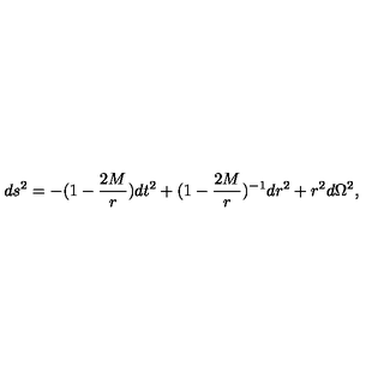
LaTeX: d s ^ { 2 } = - ( 1 - { \frac { 2 M } { r } } ) d t ^ { 2 } + ( 1 - { \frac { 2 M } { r } } ) ^ { - 1 } d r ^ { 2 } + r ^ { 2 } d \Omega ^ { 2 } ,